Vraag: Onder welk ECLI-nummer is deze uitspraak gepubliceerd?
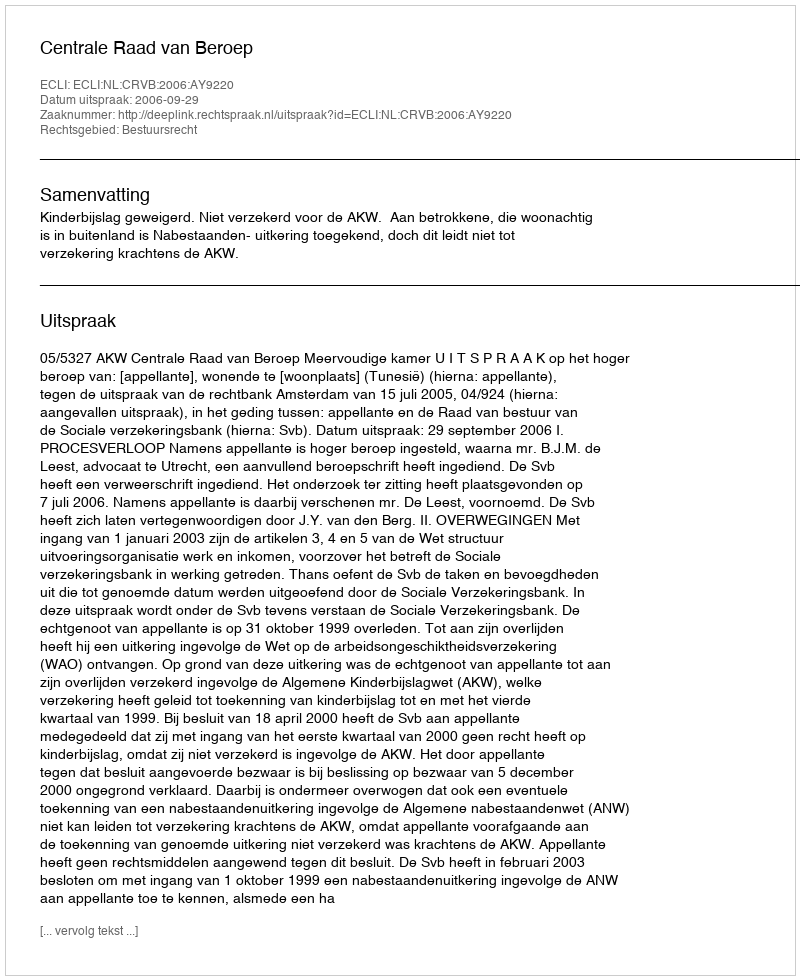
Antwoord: ECLI:NL:CRVB:2006:AY9220